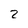
Character: 2